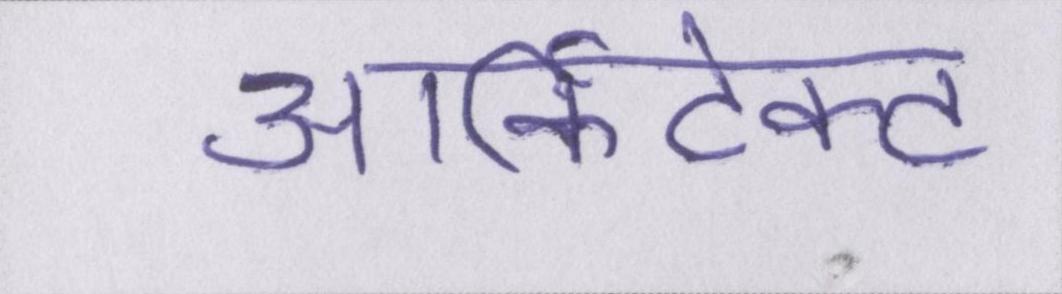
आर्किटेक्ट